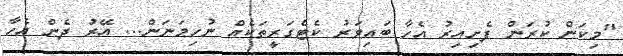
"މިކަން ކުރަން ފެށިއިރު އެހާ ބައިވަރު ކެޓެގަރީތަކެއް ނުހިމަނަން... އޭރު ދެން އެހާ